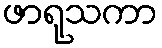
ဖာရုသကာ